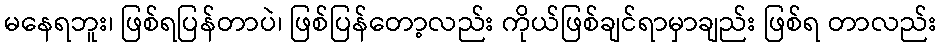
မနေရဘူး၊ ဖြစ်ရပြန်တာပဲ၊ ဖြစ်ပြန်တော့လည်း ကိုယ်ဖြစ်ချင်ရာမှာချည်း ဖြစ်ရ တာလည်း